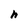
Character: h